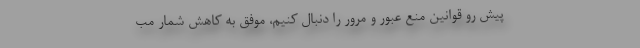
پیش رو قوانین منع عبور و مرور را دنبال کنیم، موفق به کاهش شمار مب